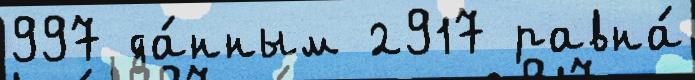
997 да́нным 2917 равна́